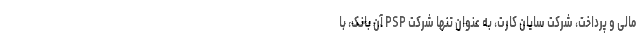
مالی و پرداخت، شرکت سایان کارت، به عنوان تنها شرکت PSP آن بانک، با